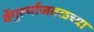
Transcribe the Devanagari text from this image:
वेंगुर्ल्याजवळच्या